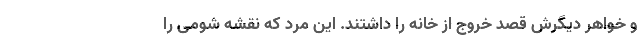
و خواهر دیگرش قصد خروج از خانه را داشتند. این مرد که نقشه شومی را